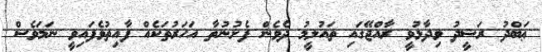
ޢަބްދު ރަޝީދު ވިދާޅުވީ ރާއްޖޭގައި ތައުލީމު ދެވެން ފެށުނުތާ އަހަރުތަކެއް ފާއިތުވެފައިވީ ނަމަވެސް